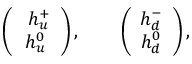
\left( \begin{array} { c } { { \ h _ { u } ^ { + } } } \\ { { h _ { u } ^ { 0 } } } \end{array} \right) , \qquad \left( \begin{array} { c } { { h _ { d } ^ { - } } } \\ { { h _ { d } ^ { 0 } } } \end{array} \right) , \qquad